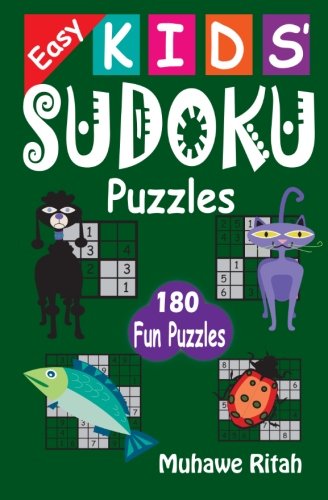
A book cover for Easy Kids' Sudoku Puzzles (Volume 1); R Muhawe; Humor & Entertainment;